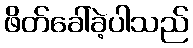
ဖိတ်ခေါ်ခဲ့ပါသည်